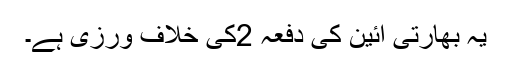
یہ بھارتی آئین کی دفعہ 2کی خلاف ورزی ہے۔